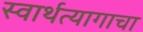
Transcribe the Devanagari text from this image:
स्वार्थत्यागाचा